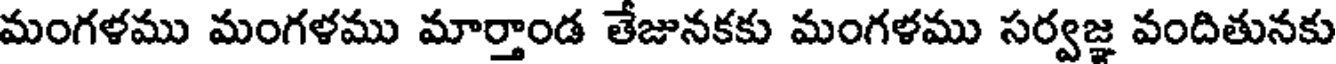
మంగళము మంగళము మార్తాండ తేజునకకు మంగళము సర్వజ్ఞ వందితునకు